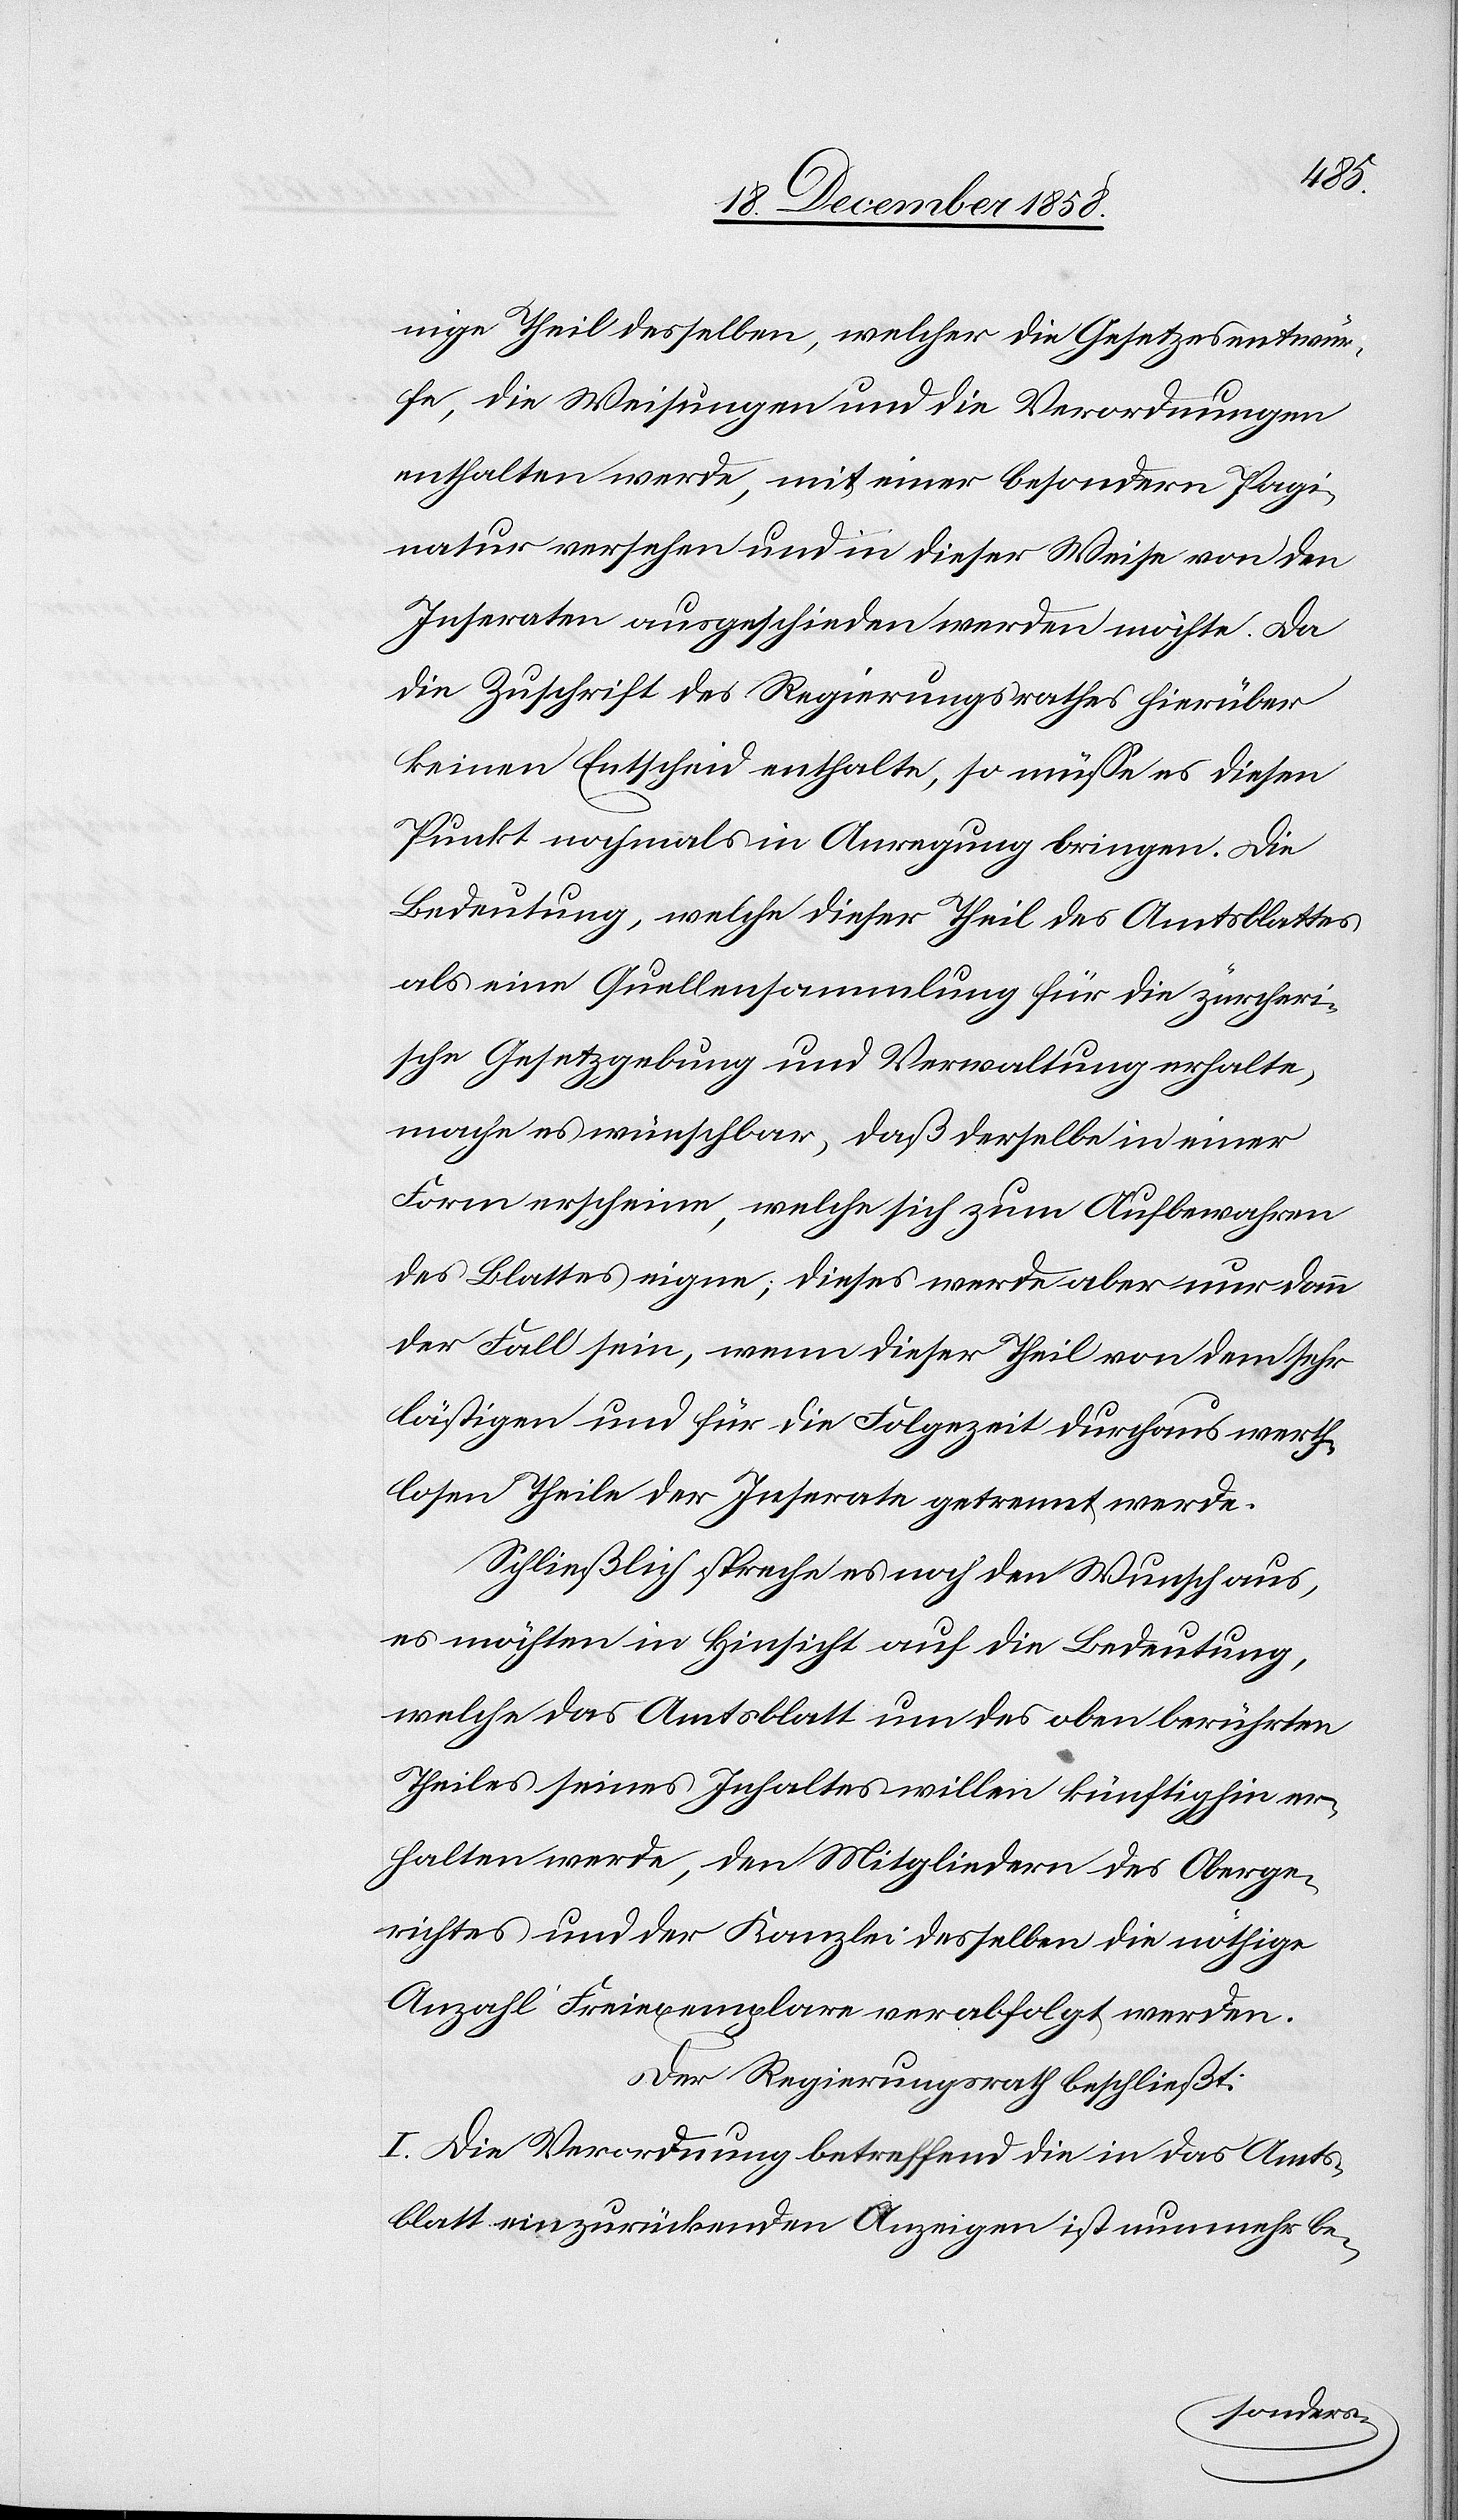
nige Theil desselben, welcher die Gesetzesentwür¬
fe, die Weisungen und die Verordnungen
enthalten werde, mit einer besondern Pagi¬
natur versehen und in dieser Weise von den
Inseraten ausgeschieden werden möchte. Da
die Zuschrift des Regierungsrathes hierüber
keinen Entscheid enthalte, so müsse es diesen
Punkt nochmals in Anregung bringen. Die
Bedeutung, welche dieser Theil des Amtsblattes
als eine Quellensammlung für die zürcheri¬
sche Gesetzgebung und Verwaltung erhalte,
mache es wünschbar, daß derselbe in einer
Form erscheine, welche sich zum Aufbewahren
des Blattes eigne; dieses werde aber nur dann
der Fall sein, wenn dieser Theil von dem sehr
lästigen und für die Folgezeit durchaus werth¬
losen Theile der Inserate getrennt werde.
Schließlich spreche es noch den Wunsch aus,
es möchten in Hinsicht auf die Bedeutung,
welche das Amtsblatt um des oben berührten
Theiles seines Inhaltes willen künftighin er¬
halten werde, den Mitgliedern des Oberge¬
richtes und der Kanzlei desselben die nöthige
Anzahl Freiexemplare verabfolgt werden.
Der Regierungsrath beschließt:
I. Die Verordnung betreffend die in das Amts¬
blatt einzurückenden Anzeigen ist nunmehr be-